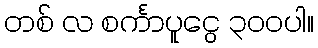
တစ် လ စင်္ကာပူငွေ ၃၀၀ပါ။